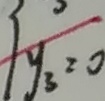
y _ { 3 } = 0